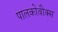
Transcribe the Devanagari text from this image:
पालकोवीक्स